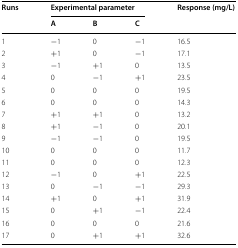
<table><thead><tr><td rowspan="2"><b>Runs</b></td><td colspan="3"><b>Experimental parameter</b></td><td rowspan="2"><b>Response (mg/L)</b></td></tr><tr><td><b>A</b></td><td><b>B</b></td><td><b>C</b></td></tr></thead><tbody><tr><td>1</td><td>−1</td><td>0</td><td>−1</td><td>16.5</td></tr><tr><td>2</td><td>+1</td><td>0</td><td>−1</td><td>17.1</td></tr><tr><td>3</td><td>−1</td><td>+1</td><td>0</td><td>13.5</td></tr><tr><td>4</td><td>0</td><td>−1</td><td>+1</td><td>23.5</td></tr><tr><td>5</td><td>0</td><td>0</td><td>0</td><td>19.5</td></tr><tr><td>6</td><td>0</td><td>0</td><td>0</td><td>14.3</td></tr><tr><td>7</td><td>+1</td><td>+1</td><td>0</td><td>13.2</td></tr><tr><td>8</td><td>+1</td><td>−1</td><td>0</td><td>20.1</td></tr><tr><td>9</td><td>−1</td><td>−1</td><td>0</td><td>19.5</td></tr><tr><td>10</td><td>0</td><td>0</td><td>0</td><td>11.7</td></tr><tr><td>11</td><td>0</td><td>0</td><td>0</td><td>12.3</td></tr><tr><td>12</td><td>−1</td><td>0</td><td>+1</td><td>22.5</td></tr><tr><td>13</td><td>0</td><td>−1</td><td>−1</td><td>29.3</td></tr><tr><td>14</td><td>+1</td><td>0</td><td>+1</td><td>31.9</td></tr><tr><td>15</td><td>0</td><td>+1</td><td>−1</td><td>22.4</td></tr><tr><td>16</td><td>0</td><td>0</td><td>0</td><td>21.6</td></tr><tr><td>17</td><td>0</td><td>+1</td><td>+1</td><td>32.6</td></tr></tbody></table>